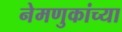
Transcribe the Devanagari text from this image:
नेमणुकांच्या